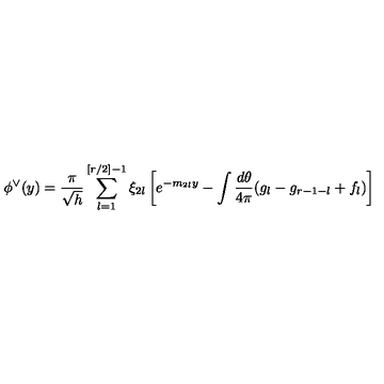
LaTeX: \phi ^ { \vee } ( y ) = \frac { \pi } { \sqrt { h } } \sum _ { l = 1 } ^ { [ r / 2 ] - 1 } \xi _ { 2 l } \left[ e ^ { - m _ { 2 l } y } - \int \frac { d \theta } { 4 \pi } ( g _ { l } - g _ { r - 1 - l } + f _ { l } ) \right]